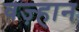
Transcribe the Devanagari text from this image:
वज़्हान